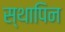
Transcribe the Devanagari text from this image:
स्थापिन